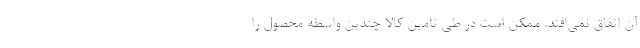
آن اتفاق نمی‌افتد. ممکن است در طی تامین کالا چندین واسطه محصول را